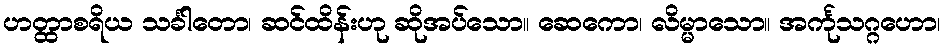
ဟတ္ထာစရိယ သင်္ခါတော၊ ဆင်ထိန်းဟု ဆိုအပ်သော။ ဆေကော၊ လိမ္မာသော။ အင်္ကုသဂ္ဂဟော၊